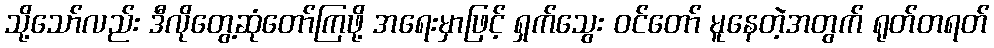
သို့သော်လည်း ဒီလိုတွေ့ဆုံတော်ကြဖို့ အရေးမှာဖြင့် ရှက်သွေး ဝင်တော် မူနေတဲ့အတွက် ရုတ်တရတ်